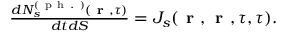
\begin{array} { r } { \frac { d N _ { s } ^ { ( \mathrm { ~ p ~ h ~ . ~ } ) } ( \textbf { r } , \tau ) } { d t d S } = J _ { s } ( \textbf { r } , \textbf { r } , \tau , \tau ) . } \end{array}